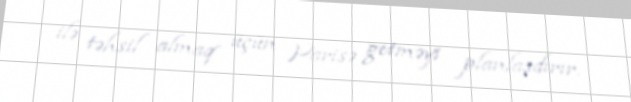
ilə təhsil almaq üçün Parisə getməyi planlaşdırır.